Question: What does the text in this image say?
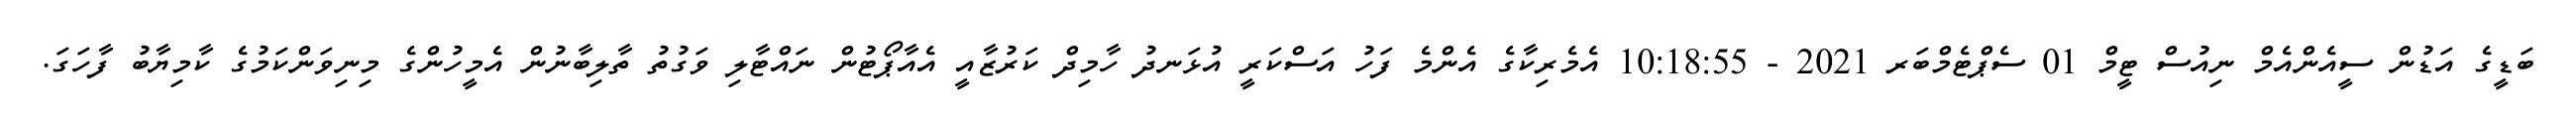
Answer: ބަޑީގެ އަޑުން ސީއެންއެމް ނިއުސް ޓީމް 01 ސެޕްޓެމްބަރ 2021 - 10:18:55 އެމެރިކާގެ އެންމެ ފަހު އަސްކަރީ އުޅަނދު ހާމިދް ކަރުޒާއީ އެއާޕޯޓުން ނައްޓާލި ވަގުތު ތާލިބާނުން އެމީހުންގެ މިނިވަންކަމުގެ ކާމިޔާބު ފާހަގަ.